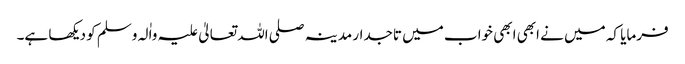
فرمایا کہ میں نے ابھی ابھی خواب میں تاجدار مدینہ صلی اللہ تعالیٰ علیہ واٰلہ وسلم کو دیکھا ہے۔